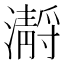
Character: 𤂅